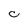
Character: C